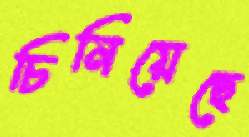
চিনিয়েছে